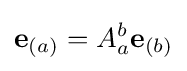
\mathbf {e} _{(a)}=A_{a}^{b}\mathbf {e} _{(b)}